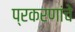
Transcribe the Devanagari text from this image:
प्रकरणांचे